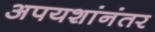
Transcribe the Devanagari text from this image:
अपयशांनंतर